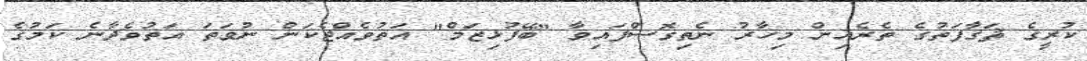
ކުރީގެ ޘަޤާފަތުގެ ތެރެއިން މިހާރު ނެތިގޮސްފައިވާ "ބޭފުޅިޒަމް" އަތުވެއްޖެކަން ނުވަތަ އަތުވެދާނެ ކަމުގެ